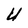
Character: U